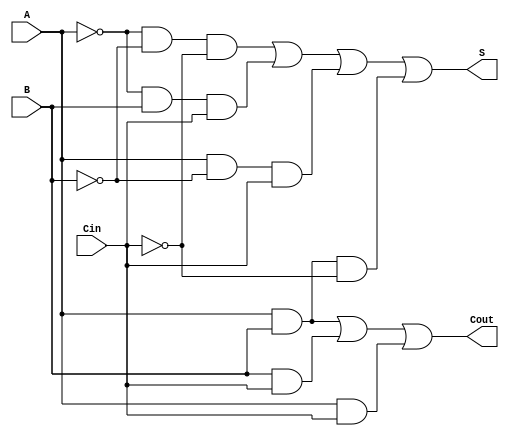
module negative_full_adder (
    input wire A,    // First input bit (negative logic)
    input wire B,    // Second input bit (negative logic)
    input wire Cin,  // Carry-in bit (negative logic)
    output wire S,   // Sum output bit (negative logic)
    output wire Cout  // Carry-out output bit (negative logic)
);

// Intermediate signals for inverted inputs
wire A_n, B_n, Cin_n;

// Inverting the inputs to handle negative logic
assign A_n = ~A;  // NOT A
assign B_n = ~B;  // NOT B
assign Cin_n = ~Cin; // NOT Cin

// Sum output logic
assign S = (A_n & B_n & Cin_n) | (A_n & B & Cin) | (A & B_n & Cin) | (A & B & Cin_n);

// Carry-out output logic
assign Cout = (A & B) | (B & Cin) | (A & Cin);

endmodule